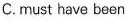
C. must have been